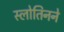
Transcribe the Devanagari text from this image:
स्लोतिनने